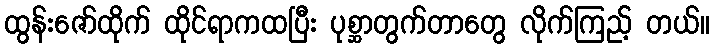
ထွန်းဇော်ထိုက် ထိုင်ရာကထပြီး ပုစ္ဆာတွက်တာတွေ လိုက်ကြည့် တယ်။